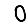
Digit: 0